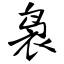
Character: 袅